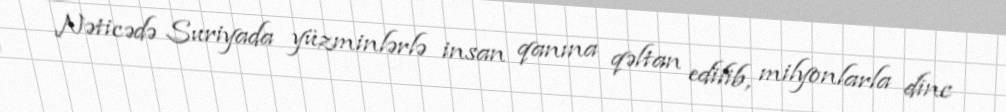
Nəticədə Suriyada yüzminlərlə insan qanına qəltan edilib, milyonlarla dinc